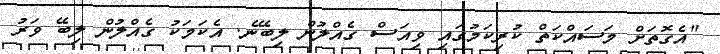
"އެގޮތަށް މަސައްކަތް ކުރިކަމުގައި ވިއަސް ގެއްލުން ލިބޭނެ. އެކަމަކު ގެއްލުން ލިބޭ ވަރު